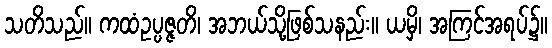
သတိသည်။ ကထံဥပ္ပဇ္ဇတိ၊ အဘယ်သို့ဖြစ်သနည်း။ ယမှိ၊ အကြင်အရပ်၌။